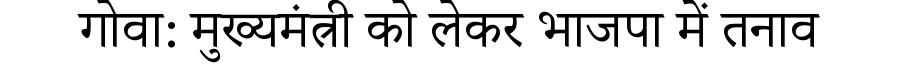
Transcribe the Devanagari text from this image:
गोवा: मुख्यमंत्री को लेकर भाजपा में तनाव